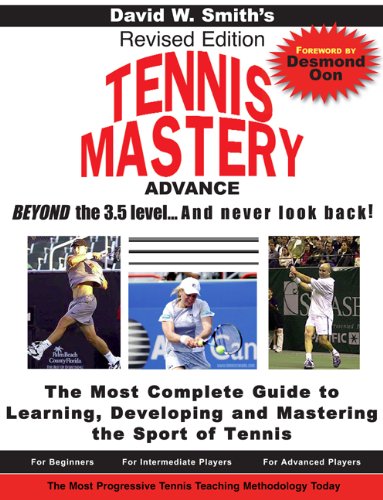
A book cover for Tennis Mastery: Advance Beyond the 3.5 Level... and Never Look Back!; David Walter Smith; Sports & Outdoors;